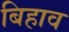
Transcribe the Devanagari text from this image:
बिहाव